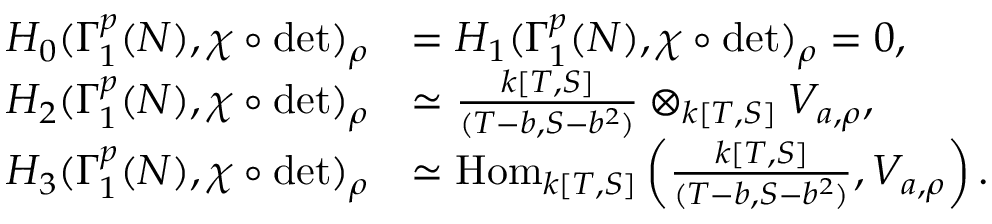
\begin{array} { r l } { H _ { 0 } ( \Gamma _ { 1 } ^ { p } ( N ) , \chi \circ \operatorname* { d e t } ) _ { \rho } } & { = H _ { 1 } ( \Gamma _ { 1 } ^ { p } ( N ) , \chi \circ \operatorname* { d e t } ) _ { \rho } = 0 , } \\ { H _ { 2 } ( \Gamma _ { 1 } ^ { p } ( N ) , \chi \circ \operatorname* { d e t } ) _ { \rho } } & { \simeq \frac { k [ T , S ] } { ( T - b , S - b ^ { 2 } ) } \otimes _ { k [ T , S ] } V _ { a , \rho } , } \\ { H _ { 3 } ( \Gamma _ { 1 } ^ { p } ( N ) , \chi \circ \operatorname* { d e t } ) _ { \rho } } & { \simeq \mathrm { H o m } _ { k [ T , S ] } \left( \frac { k [ T , S ] } { ( T - b , S - b ^ { 2 } ) } , V _ { a , \rho } \right) . } \end{array}